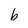
Character: b